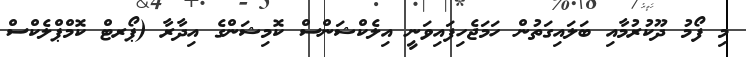
މި ފޯމު ދޫކުރުމާއި ބަލައިގަތުން ހަމަޖެހިފައިވަނީ އިލެކްޝަންސް ކޮމިޝަންގެ އިދާރާ (ޕޯރޓް ކޮމްޕްލެކްސް